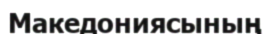
Македониясының